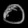
Digit: ၀